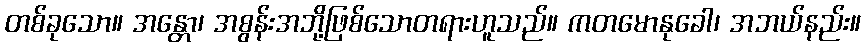
တစ်ခုသော။ အန္တော၊ အစွန်းအဘို့ဖြစ်သောတရားဟူသည်။ ကတမောနုခေါ၊ အဘယ်နည်း။